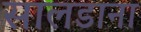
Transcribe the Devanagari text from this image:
सालडाना